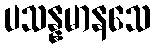
ပသန္နမာနသေ